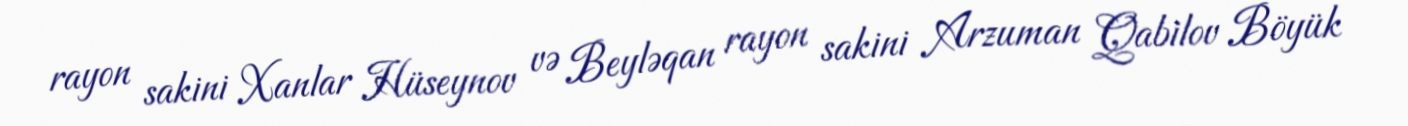
rayon sakini Xanlar Hüseynov və Beyləqan rayon sakini Arzuman Qabilov Böyük